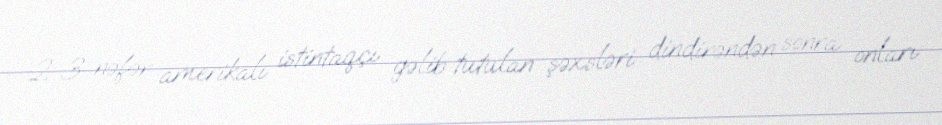
2-3 nəfər amerikalı istintaqçı gəlib tutulan şəxsləri dindirəndən sonra onları